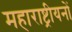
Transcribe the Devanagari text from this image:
महाराष्ट्रीयनों